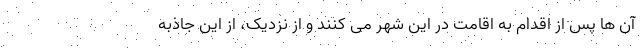
آن ها پس از اقدام به اقامت در این شهر می کنند و از نزدیک، از این جاذبه